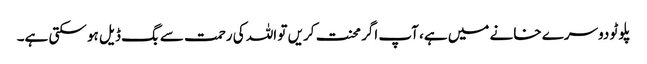
پلوٹو دوسرے خانے میں ہے، آپ اگر محنت کریں تو اللہ کی رحمت سے بگ ڈیل ہو سکتی ہے۔